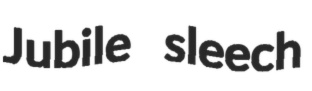
Jubile sleech